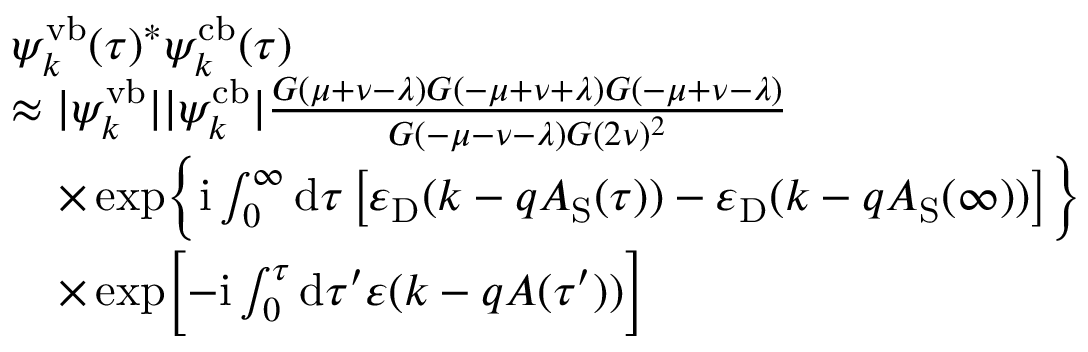
\begin{array} { r l } & { \psi _ { k } ^ { \mathrm { v b } } ( \tau ) ^ { * } \psi _ { k } ^ { \mathrm { c b } } ( \tau ) } \\ & { \approx | \psi _ { k } ^ { \mathrm { v b } } | | \psi _ { k } ^ { \mathrm { c b } } | \frac { G ( \mu + \nu - \lambda ) G ( - \mu + \nu + \lambda ) G ( - \mu + \nu - \lambda ) } { G ( - \mu - \nu - \lambda ) G ( 2 \nu ) ^ { 2 } } } \\ & { \quad \times \exp \biggl \{ \mathrm { i } \int _ { 0 } ^ { \infty } \mathrm { d } \tau \left[ \varepsilon _ { \mathrm { D } } ( k - q A _ { \mathrm { S } } ( \tau ) ) - \varepsilon _ { \mathrm { D } } ( k - q A _ { \mathrm { S } } ( \infty ) ) \right] \biggr \} } \\ & { \quad \times \exp \biggl [ - \mathrm { i } \int _ { 0 } ^ { \tau } \mathrm { d } \tau ^ { \prime } \varepsilon ( k - q A ( \tau ^ { \prime } ) ) \biggr ] } \end{array}